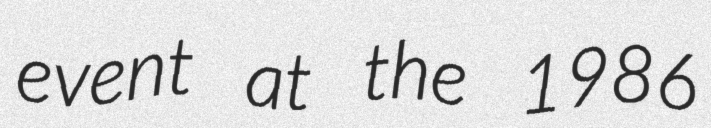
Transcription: event at the 1986